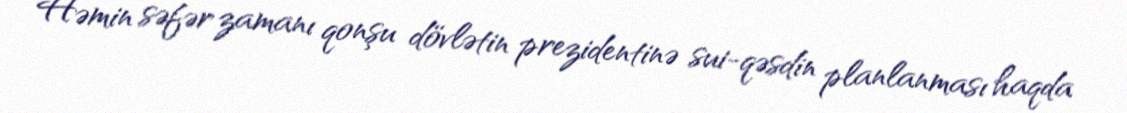
Həmin səfər zamanı qonşu dövlətin prezidentinə sui-qəsdin planlanması haqda